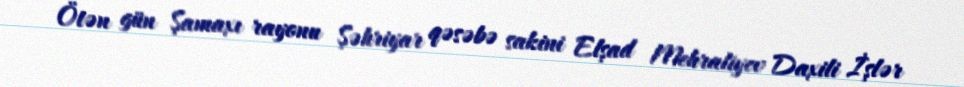
Ötən gün Şamaxı rayonu Şəhriyar qəsəbə sakini Elşad Mehraliyev Daxili İşlər